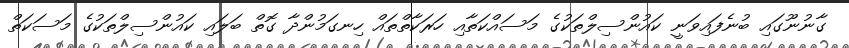
ގާނުނޫގައި ބުނެފައިވަނީ ކައުންސިލްތަކުގެ މަސައްކަތާއި ހަރަކާތްތައް ހިނގަމުންދާ ގޮތް ބަލައި ކައުންސިލްތަކުގެ މަސަކަތް